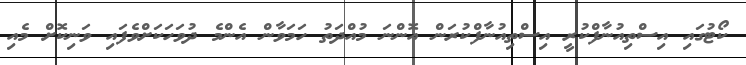
ކޯޓުގައި އިސްތިއުނާފްކުރީ އިސްތިއުނާފްކުރަން އޮންނަ މުއްދަތު ހަމަވާން އެންމެ ދުވަހަކަށްވެފައި ވަނިކޮށް މެއި